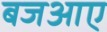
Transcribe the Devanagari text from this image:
बजआए